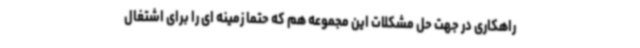
راهکاری در جهت حل مشکلات این مجموعه هم که حتما زمینه ای را برای اشتغال